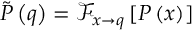
\tilde { P } \left( \boldsymbol { q } \right) = \mathcal { F } _ { \boldsymbol { x } \rightarrow \boldsymbol { q } } \left[ P \left( \boldsymbol { x } \right) \right]